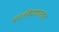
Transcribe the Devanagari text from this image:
भारतविद्याशास्त्रज्ञ